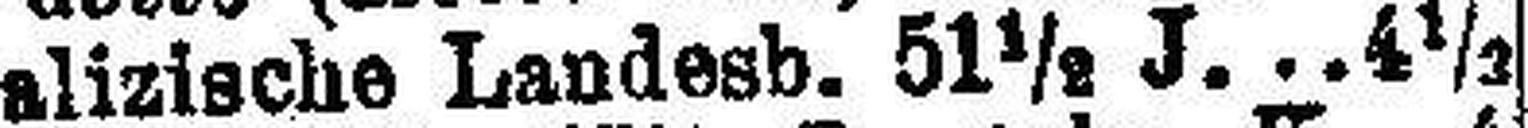
alizische Landesb. 51½ J. 4½